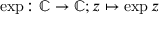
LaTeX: \exp \colon \mathbb { C } \to \mathbb { C } ; z \mapsto \exp z